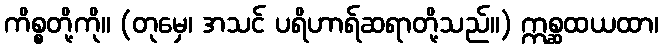
ကိစ္စတို့ကို။ (တုမှေ၊ အသင် ပရိဟာရ်ဆရာတို့သည်။) ဣစ္ဆထယထာ၊